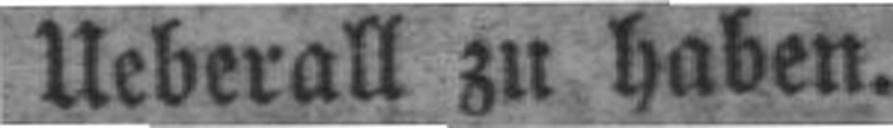
Ueberall zu haben.